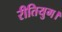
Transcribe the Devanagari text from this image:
रीतियुग।